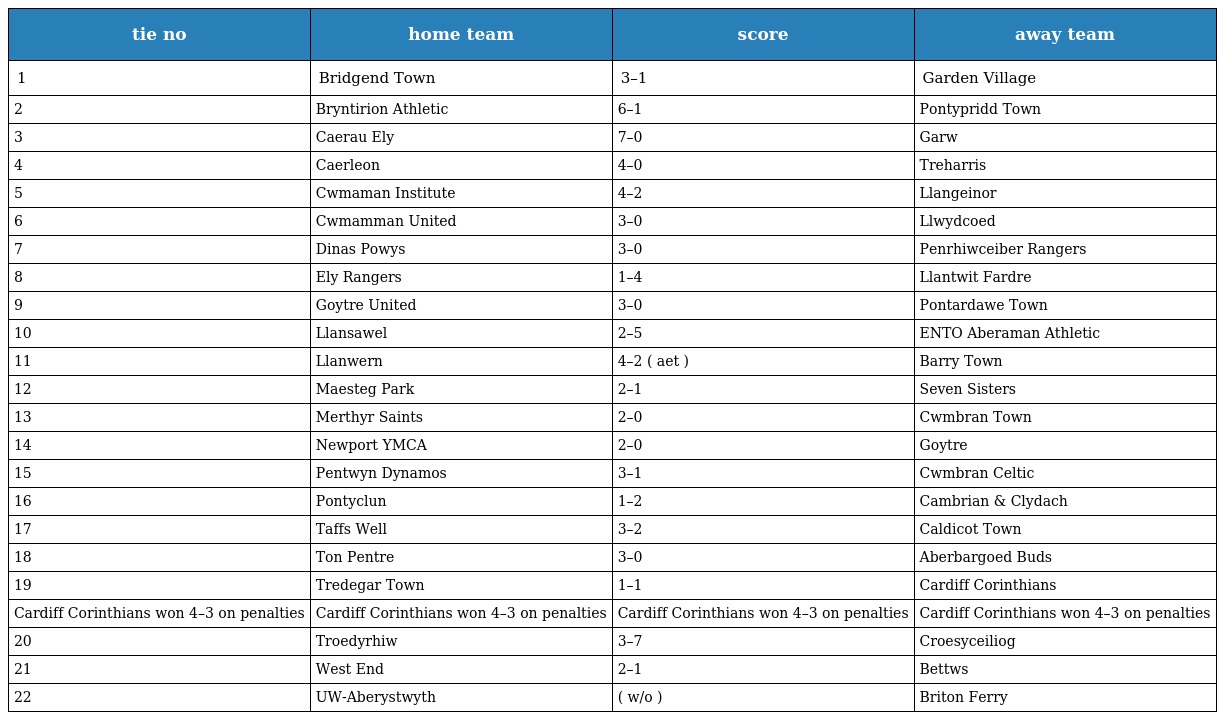
| tie no | home team | score | away team |
 | --- | --- | --- | --- |
 | 1 | Bridgend Town | 3–1 | Garden Village |
 | 2 | Bryntirion Athletic | 6–1 | Pontypridd Town |
 | 3 | Caerau Ely | 7–0 | Garw |
 | 4 | Caerleon | 4–0 | Treharris |
 | 5 | Cwmaman Institute | 4–2 | Llangeinor |
 | 6 | Cwmamman United | 3–0 | Llwydcoed |
 | 7 | Dinas Powys | 3–0 | Penrhiwceiber Rangers |
 | 8 | Ely Rangers | 1–4 | Llantwit Fardre |
 | 9 | Goytre United | 3–0 | Pontardawe Town |
 | 10 | Llansawel | 2–5 | ENTO Aberaman Athletic |
 | 11 | Llanwern | 4–2 ( aet ) | Barry Town |
 | 12 | Maesteg Park | 2–1 | Seven Sisters |
 | 13 | Merthyr Saints | 2–0 | Cwmbran Town |
 | 14 | Newport YMCA | 2–0 | Goytre |
 | 15 | Pentwyn Dynamos | 3–1 | Cwmbran Celtic |
 | 16 | Pontyclun | 1–2 | Cambrian & Clydach |
 | 17 | Taffs Well | 3–2 | Caldicot Town |
 | 18 | Ton Pentre | 3–0 | Aberbargoed Buds |
 | 19 | Tredegar Town | 1–1 | Cardiff Corinthians |
 | Cardiff Corinthians won 4–3 on penalties | Cardiff Corinthians won 4–3 on penalties | Cardiff Corinthians won 4–3 on penalties | Cardiff Corinthians won 4–3 on penalties |
 | 20 | Troedyrhiw | 3–7 | Croesyceiliog |
 | 21 | West End | 2–1 | Bettws |
 | 22 | UW-Aberystwyth | ( w/o ) | Briton Ferry |